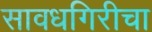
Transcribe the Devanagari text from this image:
सावधगिरीचा